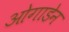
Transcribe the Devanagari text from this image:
ओगाडेन